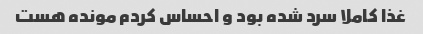
غذا کاملا سرد شده بود و احساس کردم مونده هست